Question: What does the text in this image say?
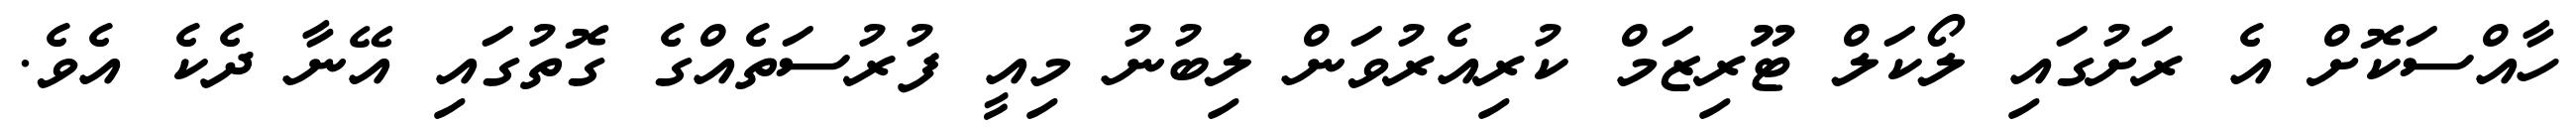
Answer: ހާއްސަކޮށް އެ ރަށުގައި ލޯކަލް ޓޫރިޒަމް ކުރިއެރުވަން ލިބުނު މިއީ ފުރުސަތެއްގެ ގޮތުގައި އޭނާ ދެކެ އެވެ.